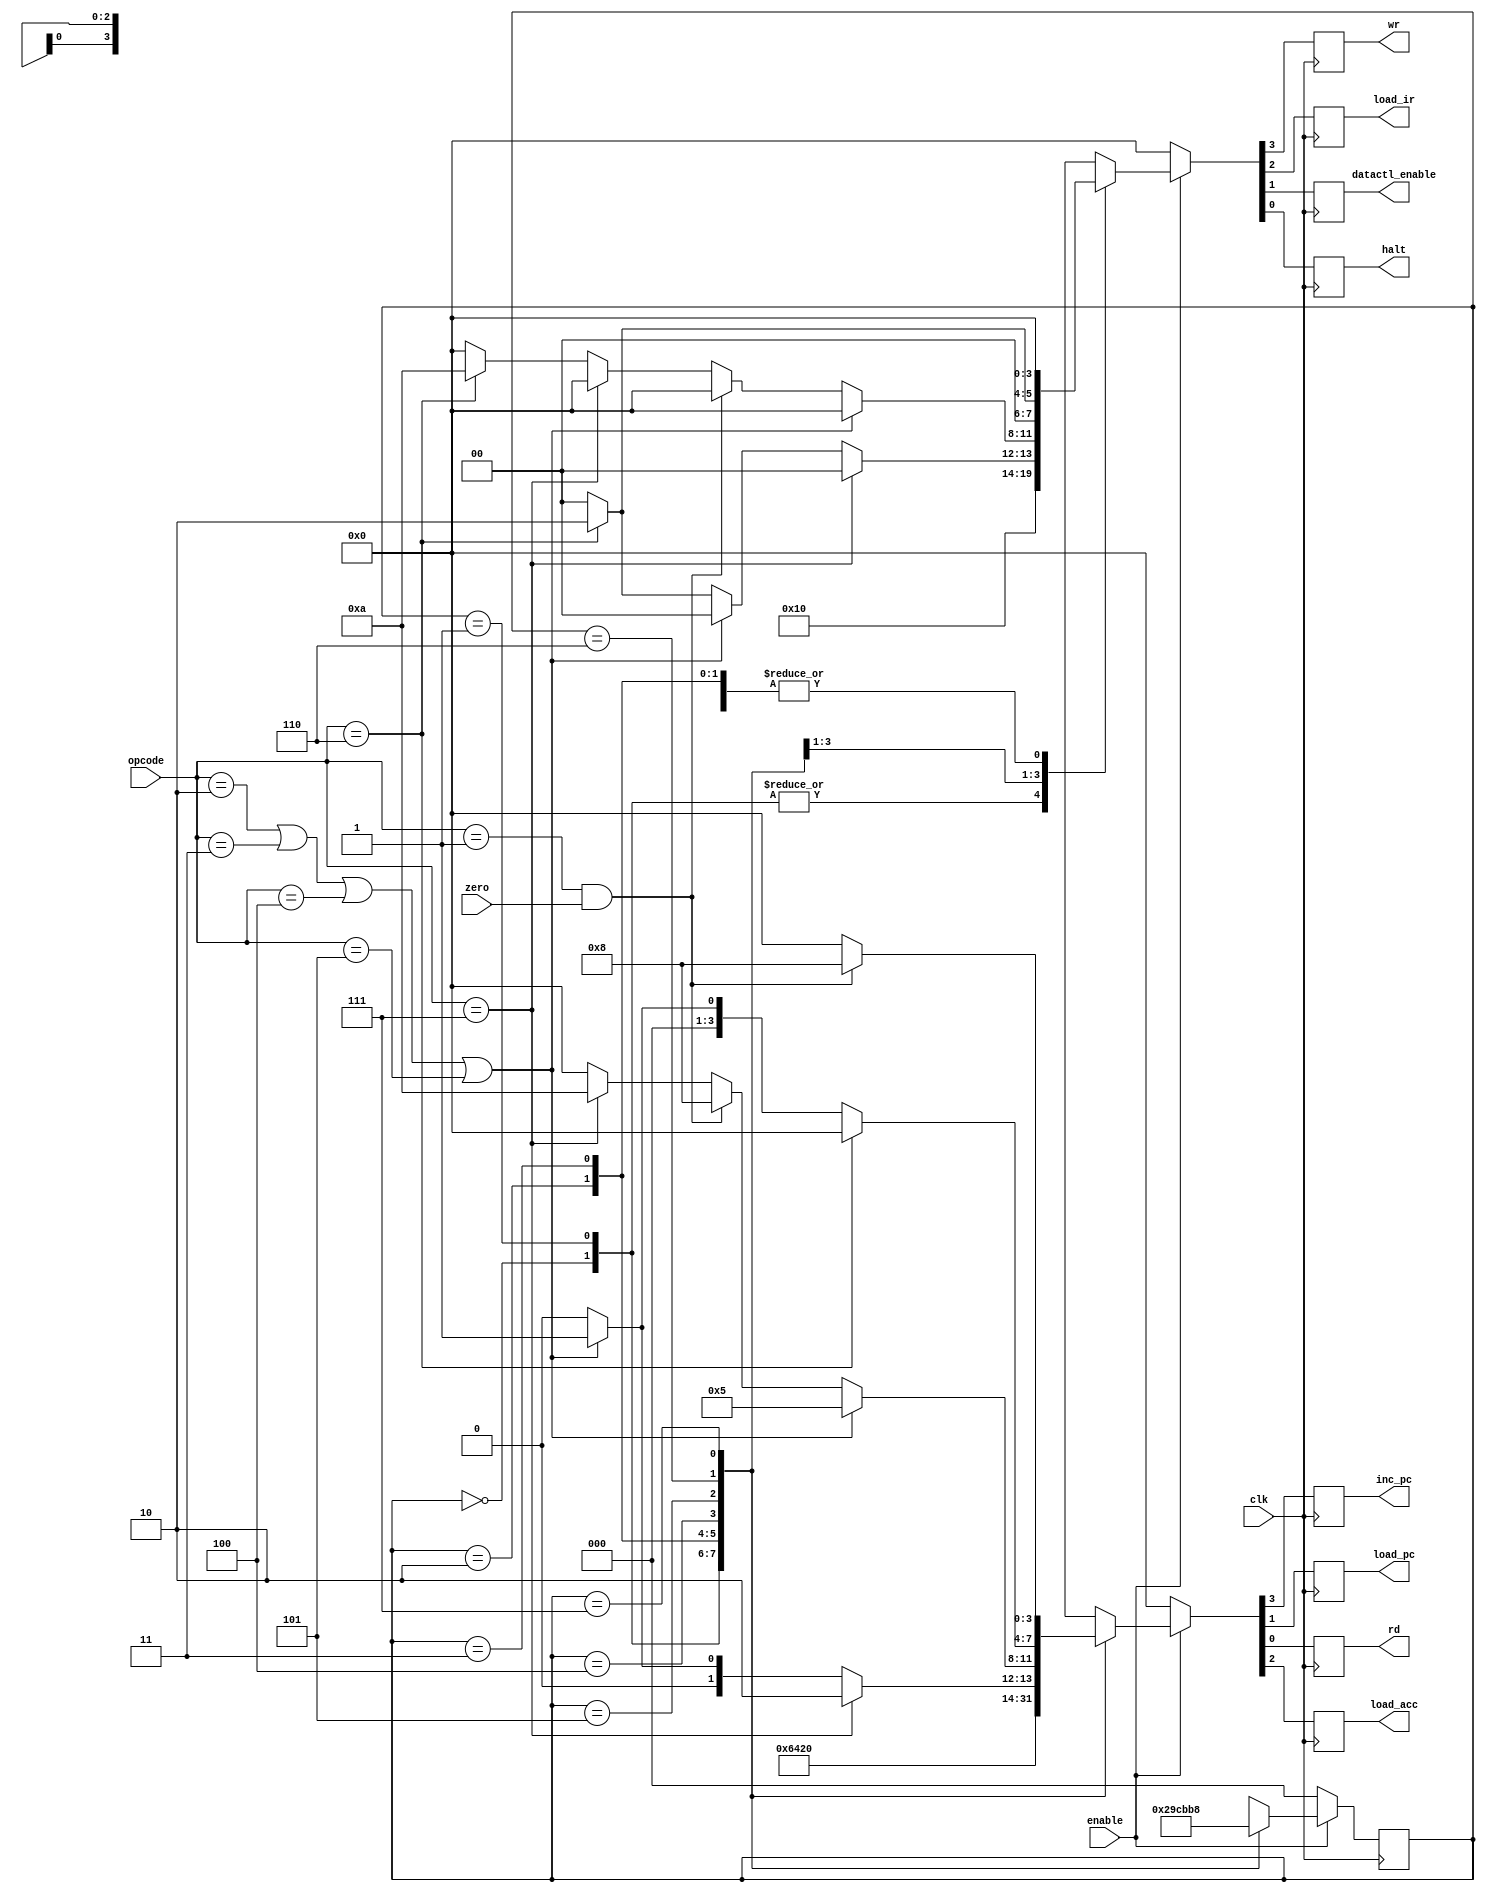
`timescale 1ns / 1ns

module CPU_State_Machine(inc_pc,load_acc,load_pc,rd,wr,load_ir,datactl_enable,halt,clk,zero,enable,opcode);
output inc_pc,load_pc,rd,wr,load_ir,load_acc;
output datactl_enable,halt;
input clk,zero,enable;
input[2:0] opcode;
reg inc_pc,load_acc,load_pc,rd,wr,load_ir;
reg datactl_enable,halt;
reg[2:0] state;
parameter
	HLT = 3'b000,
	SKZ = 3'b001,
	ADD = 3'b010,
	AND = 3'b011,
	XOR = 3'b100,
	LDA = 3'b101,
	STA = 3'b110,
	JMP = 3'b111;
always @(negedge clk)
	begin
		if(!enable)
			begin
				state<=3'b000;
				{inc_pc,load_acc,load_pc,rd}<=4'b0000;
				{wr,load_ir,datactl_enable,halt}<=4'b0000;
			end
		else
			begin
				control_cycle;
			end
	end

//This is task of control cycle
task control_cycle;
	begin
		casex(state)
			3'b000:
				begin
					{inc_pc,load_acc,load_pc,rd}<=4'b0001;
					{wr,load_ir,datactl_enable,halt}<=4'b0100;
					state<=3'b001;
				end
			3'b001:
				begin
					{inc_pc,load_acc,load_pc,rd}<=4'b1001;
					{wr,load_ir,datactl_enable,halt}<=4'b0100;
					state<=3'b010;
				end
			3'b010:
				begin
					{inc_pc,load_acc,load_pc,rd}<=4'b0000;
					{wr,load_ir,datactl_enable,halt}<=4'b0000;
					state<=3'b011;
				end
			3'b011:	//Start analysing instruction
				begin
					if(opcode==HLT)
						begin
							{inc_pc,load_acc,load_pc,rd}<=4'b1000;
							{wr,load_ir,datactl_enable,halt}<=4'b0000;
						end
					else
						begin
							{inc_pc,load_acc,load_pc,rd}<=4'b1000;
							{wr,load_ir,datactl_enable,halt}<=4'b0000;
						end
					state<=3'b100;
				end
			3'b100:
				begin
					if(opcode==JMP)
						begin
							{inc_pc,load_acc,load_pc,rd}<=4'b0010;
							{wr,load_ir,datactl_enable,halt}<=4'b0000;
						end
					else
						begin
							if(opcode==ADD||opcode==AND||opcode==XOR||opcode==LDA)
								begin
									{inc_pc,load_acc,load_pc,rd}<=4'b0001;
									{wr,load_ir,datactl_enable,halt}<=4'b0000;
								end
							else
								if(opcode==STA)
									begin
										{inc_pc,load_acc,load_pc,rd}<=4'b0000;
										{wr,load_ir,datactl_enable,halt}<=4'b0010;
									end
								else
									begin
										{inc_pc,load_acc,load_pc,rd}<=4'b0000;
										{wr,load_ir,datactl_enable,halt}<=4'b0000;
									end
						end
						state<=3'b101;
				end
			3'b101:
				begin
					if(opcode==ADD||opcode==AND||opcode==XOR||opcode==LDA)
						begin
							{inc_pc,load_acc,load_pc,rd}<=4'b0101;
							{wr,load_ir,datactl_enable,halt}<=4'b0000;
						end
					else
						if(opcode==SKZ&&zero==1)
							begin
								{inc_pc,load_acc,load_pc,rd}<=4'b1000;
								{wr,load_ir,datactl_enable,halt}<=4'b0000;
							end
						else
							if(opcode==JMP)
								begin
									{inc_pc,load_acc,load_pc,rd}<=4'b1010;
									{wr,load_ir,datactl_enable,halt}<=4'b0000;
								end
							else
								if(opcode==STA)
									begin
										{inc_pc,load_acc,load_pc,rd}<=4'b0000;
										{wr,load_ir,datactl_enable,halt}<=4'b1010;
									end
								else
									begin
										{inc_pc,load_acc,load_pc,rd}<=4'b0000;
										{wr,load_ir,datactl_enable,halt}<=4'b0000;
									end
					state<=3'b110;
				end
			3'b110:
				begin
					if(opcode==STA)
						begin
							{inc_pc,load_acc,load_pc,rd}<=4'b0000;
							{wr,load_ir,datactl_enable,halt}<=4'b0010;
						end
					else
						if(opcode==ADD||opcode==AND||opcode==XOR||opcode==LDA)
							begin
								{inc_pc,load_acc,load_pc,rd}<=4'b0001;
								{wr,load_ir,datactl_enable,halt}<=4'b0000;
							end
						else
							begin
								{inc_pc,load_acc,load_pc,rd}<=4'b0000;
								{wr,load_ir,datactl_enable,halt}<=4'b0000;
							end
					state<=3'b111;
				end
			3'b111:
				begin
					if(opcode==SKZ&&zero==1)
						begin
							{inc_pc,load_acc,load_pc,rd}<=4'b1000;
							{wr,load_ir,datactl_enable,halt}<=4'b0000;
						end
					else
						begin
							{inc_pc,load_acc,load_pc,rd}<=4'b0000;
							{wr,load_ir,datactl_enable,halt}<=4'b0000;
						end
					state<=3'b000;
				end
			default:
				begin
					{inc_pc,load_acc,load_pc,rd}<=4'b0000;
					{wr,load_ir,datactl_enable,halt}<=4'b0000;
					state<=3'b000;
				end	

		endcase
	end
endtask
endmodule